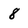
Character: 8